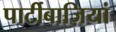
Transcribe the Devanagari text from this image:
पार्टीबाज़ियां